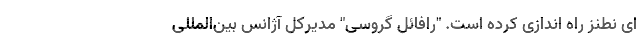
ای نطنز راه اندازی کرده است. "رافائل گروسی" مدیرکل آژانس بین‌المللی